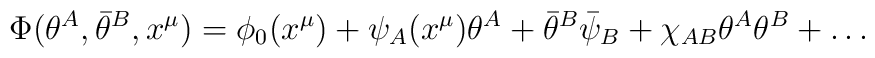
\Phi (\theta ^A,\bar \theta ^B,x^\mu )=\phi _0(x^\mu )+\psi _A(x^\mu )\theta^A+\bar \theta ^B\bar \psi _B+\chi _{AB}\theta ^A\theta ^B+\ldots